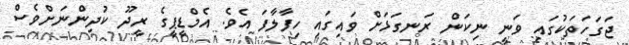
ޖަގަހަތަކުގައި ވަނީ ނިކަން ރަނގަޅަށް ވައިގައި ހިފާލާފަ އެވެ. އެމްޑީޕީގެ ރީދޫ ކުދިންނަށްވެސް